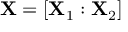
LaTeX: \mathbf { X } = \left[ \mathbf { X } _ { 1 } : \mathbf { X } _ { 2 } \right]